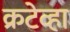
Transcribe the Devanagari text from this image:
क्रटेव्हा